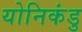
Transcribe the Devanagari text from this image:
योनिकंडु